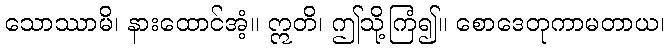
သောဿာမိ၊ နားထောင်အံ့။ ဣတိ၊ ဤသို့ကြံ၍။ စောဒေတုကာမတာယ၊